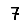
Digit: 7